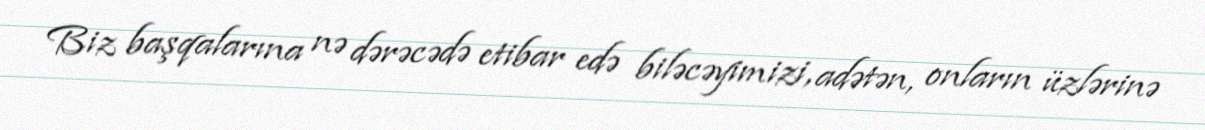
Biz başqalarına nə dərəcədə etibar edə biləcəyimizi, adətən, onların üzlərinə